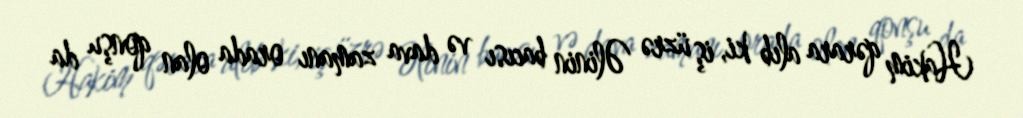
Hakim qərara alıb ki, iş üzrə Əlinin bacısı və dava zamanı orada olan qonşu da